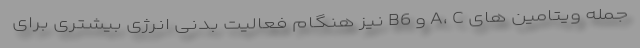
جمله ویتامین های A، C و B6 نیز هنگام فعالیت بدنی انرژی بیشتری برای